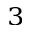
^ 3